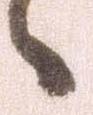
々